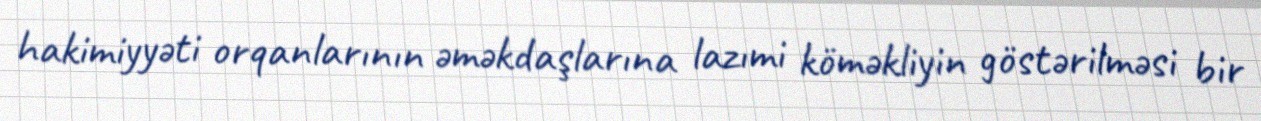
hakimiyyəti orqanlarının əməkdaşlarına lazımi köməkliyin göstərilməsi bir